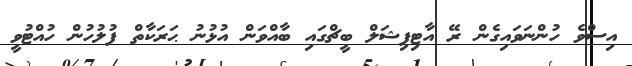
އިސްވެ ހުންނަވައިގެން ރޭ އާޓިފިޝަލް ބީޗްގައި ބާއްވަން އުޅުނު ޙަރަކާތް ފުލުހުން ހުއްޓުވީ